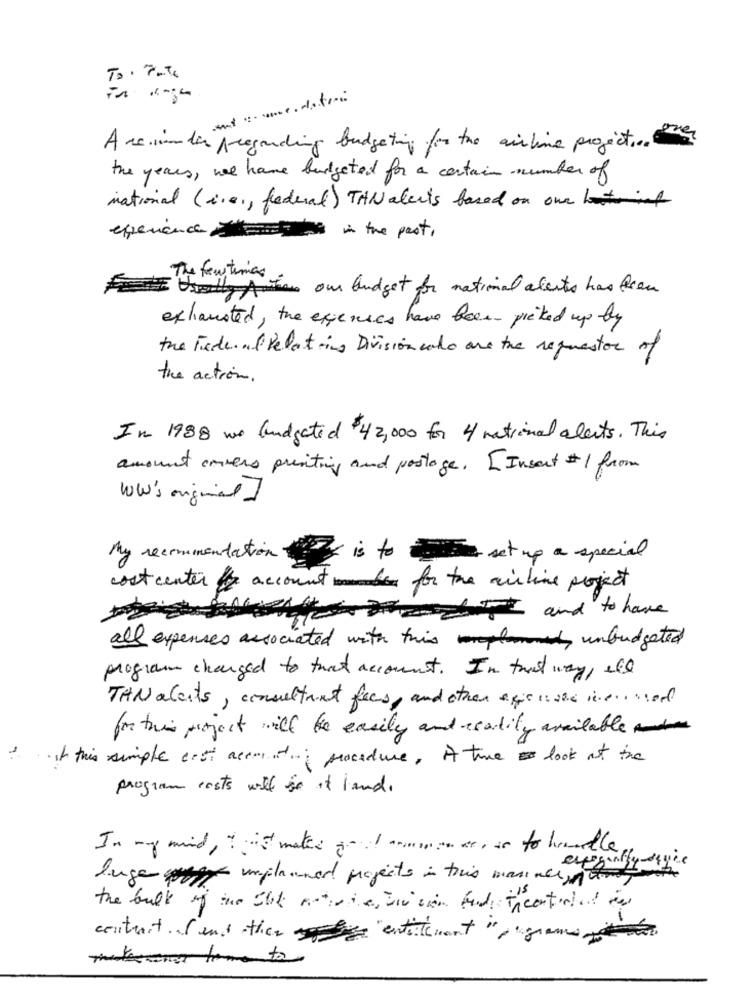
A seconda pregarding budgeting for the airline projecto.
the years , we have budgeted for a certain number of
national (i.e ., federal) TANalents based on one
exerciceinthe past,
The few times
HE Usually Action our budget for national alerts has been
exhausted, the expenses have been picked up by
the Federal Relating Division who are the requestor of
the action.
In 1988 we budgeted $42,000 for 4/ matinal alerts. This
amount covers printing and postage. [ Insert # 1 from
WW's original]
My recommendation
is to set up a special
cost center
account be for the airline project
win attacchi and to have
all expenses associated with this unbudgeted
program changed to that account. In that way, ell
TAN acosts, consultant fees, and other apiensche inermed
for this project will be easily and reality available
tit this simple cest accent procedure. A true look at the
program costs will is it land.
In my mind, makes ! common we, as to handle
luge umflammer projects in this manner that
the bulk of the Ilk noticia, wie sin bad theantided to
contrait. (and then enterement ", "grams